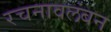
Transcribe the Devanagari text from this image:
रचनावलंबन